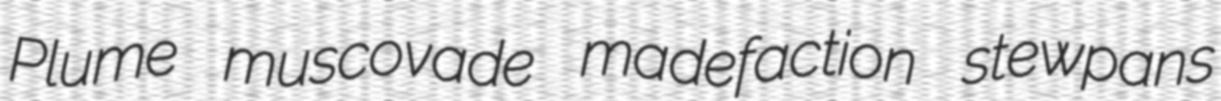
Plume muscovade madefaction stewpans